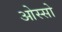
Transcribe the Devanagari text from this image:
ओस्सो